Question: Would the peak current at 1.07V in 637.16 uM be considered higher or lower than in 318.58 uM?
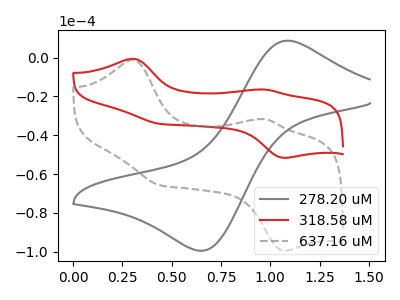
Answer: <think>The gray curve "278.20 uM" has an anodic peak at (1.10V, 8.70uA) and a cathodic peak at (0.65V, -99.50uA). The red curve "318.58 uM" has anodic peaks at (0.30V, -0.65uA) (0.95V, -16.50uA) and cathodic peaks at (0.45V, -34.20uA) (1.05V, -51.65uA). The gray dashed curve "637.16 uM" has anodic peaks at (0.30V, -1.25uA) (0.95V, -31.75uA) and cathodic peaks at (0.45V, -65.90uA) (1.05V, -99.55uA).</think>
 <answer>The peak at 1.07V is higher in "637.16 uM" than in "318.58 uM".</answer>
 <eval>higher</eval>